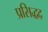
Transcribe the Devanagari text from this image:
प्रसिद्धद